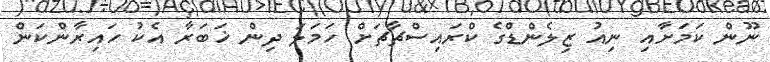
ނޫން ކަމަށާއި ނިއު ޒިލެންޑްގެ ކްރައިސްޗާޗަށް ހަމަލަ ދިން ޚަބަރާ އެކު ހައިރާންކަން